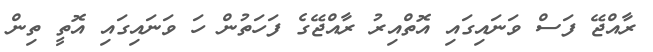
ރާއްޖޭ ފަސް ވަނައިގައި އޮތްއިރު ރާއްޖޭގެ ފަހަތުން ހަ ވަނައިގައި އޮތީ ތިން